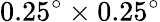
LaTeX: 0.25^{\circ}\times 0.25^{\circ}